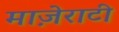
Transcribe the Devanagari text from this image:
माज़ेराटी